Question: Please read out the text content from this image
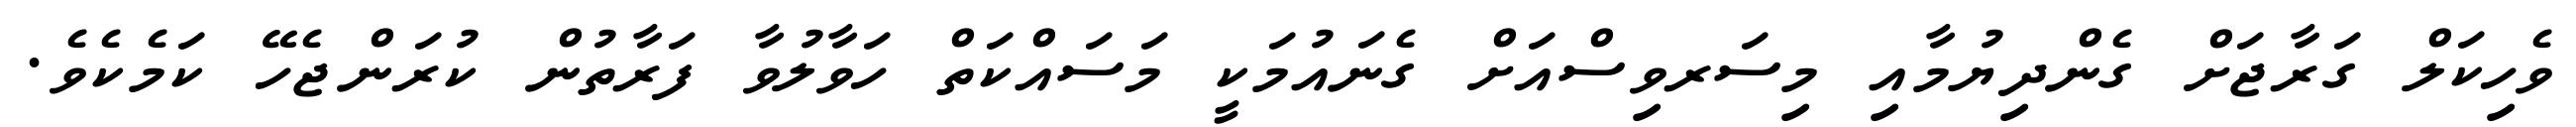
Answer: ވެހިކަލް ގަރާޖަށް ގެންދިޔުމާއި މިސަރވިސްއަށް ގެނައުމަކީ މަސައްކަތް ހަވާލުވާ ފަރާތުން ކުރަންޖެހޭ ކަމެކެވެ.